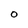
Character: O